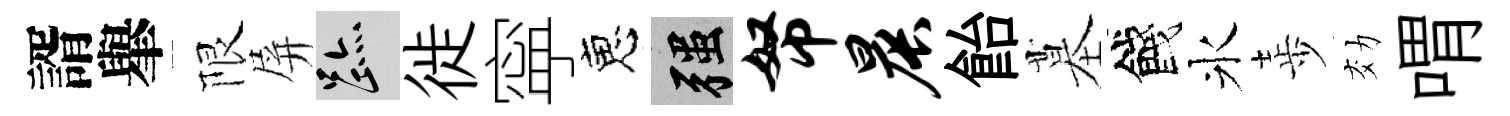
諝𦦙限屏迹徙寜恵强帑晨飴墓餞氷歩効喟